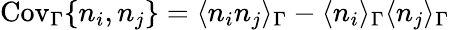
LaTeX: \mathrm{Cov}_{\Gamma}\{ n_{i},n_{j}\} =\langle n_{i}n_{j}\rangle_{\Gamma}-\langle n_{i}\rangle_{\Gamma}\langle n_{j}\rangle_{\Gamma}